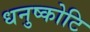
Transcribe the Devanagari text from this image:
धनुष्कोटि